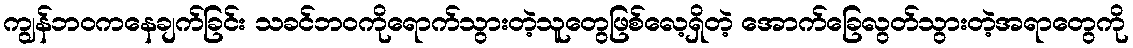
ကျွန်ဘဝကနေချက်ခြင်း သခင်ဘဝကိုရောက်သွားတဲ့သူတွေဖြစ်လေ့ရှိတဲ့ အောက်ခြေလွတ်သွားတဲ့အရာတွေကို